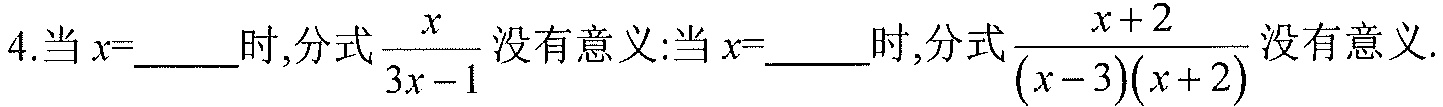
4.当\(x = \_\_\_\)时，分式\(\dfrac{x}{3x - 1}\)没有意义；当\(x = \_\_\_\)时，分式\(\dfrac{x + 2}{(x - 3)(x + 2)}\)没有意义.